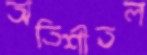
অতিশীতল